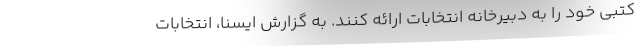
کتبی خود را به دبیرخانه انتخابات ارائه کنند. به گزارش ایسنا، انتخابات